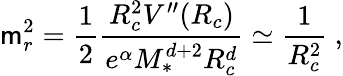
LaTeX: \mathsf{m}_{r}^{2}=\frac{{1}}{{2}}\frac{{R_{c}^{2}V^{\prime\prime}(R_{c})}}{{e^{\alpha}M_{*}^{d+2}R_{c}^{d}}}\simeq\frac{{1}}{{R_{c}^{2}}}\ ,